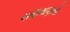
સણસણતો